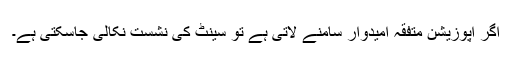
اگر اپوزیشن متفقہ امیدوار سامنے لاتی ہے تو سینٹ کی نشست نکالی جاسکتی ہے۔